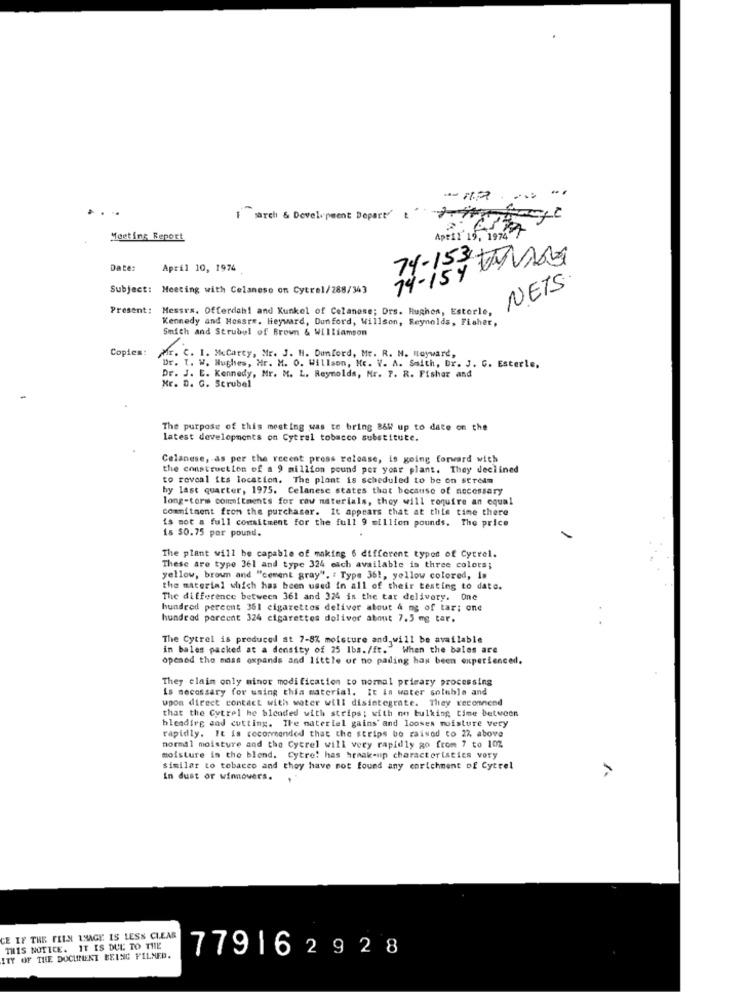
... .
-- 11.2
I sarch & Development Departy'
Moetins Report
April 19, 1974
74-15# TAG
Date:
April 10, 1974
Subject: Meeting with Celanese on Cytrel/288/343
NETS
Present:
Messrs. Offerdah! and Kunkel of Celanese; Drs. Hughes, Estorle,
Kennedy and Hossre. Heyward, Dunford, Willson, Reynolds, Fisher,
Smith and Strubel of Brown & Williamson
Copies:
Mr. C. I. Mccarty, Mr. J. H. Dunford, Mr. R. M. Hayward,
Dr. T. W. Hughes, Hr. M. O. Willson, He. V. A. Smith, Dr. J. G. Esterle,
Dr. J. E. Kennedy, Mr. M. L. Reynolds, Nr. 7. R. Fisher and
Mr. D. G. Scrubel
The purpose of this meeting was to bring B&W up to date on the
latest developments on Cytral tobacco substitute.
Celanese, as per the recent press release, is going forward with
the construction of a 9 million pound per your plant. They declined
to reveal its location. The plant is scheduled to be on strelm
by last quarter, 1975. Celanese states that because of necessary
long-torm commitments for raw materials, they will roquire an equal
commitment from the purchaser. It appears that at this time there
is mot a full commitment for the full 9 million pounds. The price
is $0.75 per pound.
The plant will be capable of making 6 different types of Cytrel.
These are type 36l and type 324 each available in three colors;
yellow, brown and "cement gray". : Type 361, yellow colored, is
the material which has been used in all of their testing to date.
The difference between 361 and 324 is the tat delivery. One
hundred percent 361 cigarettes deliver about 4 mg of tar; one
hundred porcent 324 cigarettes doliver about 7.5 mg tar.
The Cytrel is produced at 7-8% moisture and, will be available
in bales packed at a density of 25 lbs. /ft."When the bales are
opened the moss expands and little or no pading has been experienced.
They claim only minor modification to normal primary processing
is necessary for using thia material. It in water soluble and
upon direct contact with water will disintegrate. They recommend
that the Cytrel he blended with strips; with on bulking time between
hleadirg and cutting. The material gains' and looses moisture very
rapidly. It is recommended that the strips be raised to 22 above
normal moisture and the Cytrel will very rapidly go from 7 to 102
moisture in the blend. Cytre! has break-up characteristics very
similar to tobacco and they have not found any enrichment of Cytrel
In dust or winnovers.
CE IF THE FILM IMAGE IS LESS CLEAR
THIS NOTICE. IT IS DUE TO THE
ITY OF THE DOCUMENT BEING FILNED.
779162928